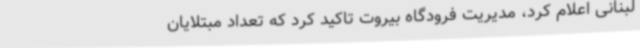
لبنانی اعلام کرد، مدیریت فرودگاه بیروت تاکید کرد که تعداد مبتلایان